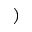
)